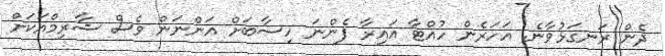
ދެން ރަނގަޅުވާނެ. އަހަރެން ހުއްޓާ އައިރާ ފެންނަ ހިސާބަށް އަންނަން ވެސް ޝާރިމްއަކަށް